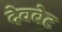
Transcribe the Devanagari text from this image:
देवबेट